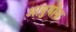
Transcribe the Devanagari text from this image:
आयुधांना